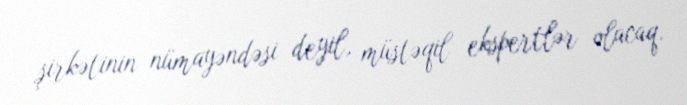
şirkətinin nümayəndəsi deyil, müstəqil ekspertlər olacaq.